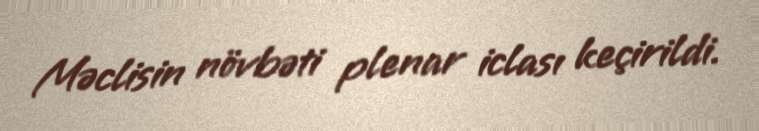
Məclisin növbəti plenar iclası keçirildi.